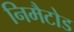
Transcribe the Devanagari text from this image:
निमैटोड